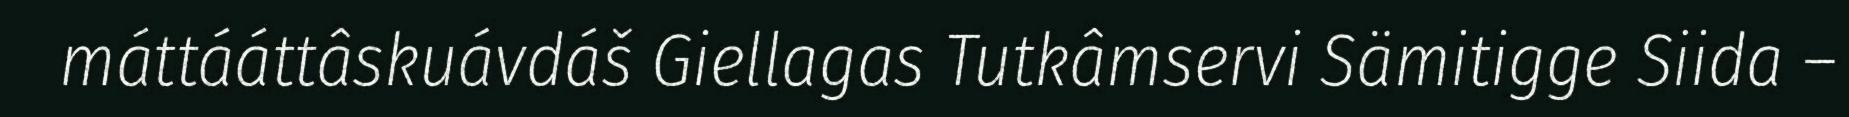
máttááttâskuávdáš Giellagas Tutkâmservi Sämitigge Siida –